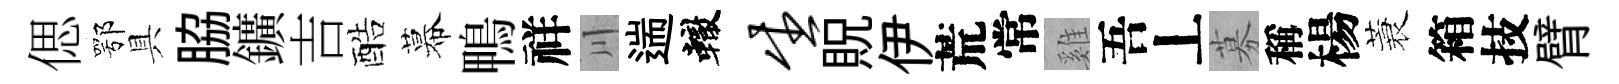
偲鄂具脇鑛吉酷幕鴨祥川遄轍生貺伊荒常雞吾丄募稱楊蓑箱技臂